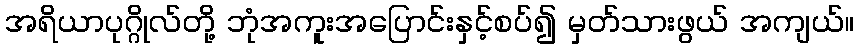
အရိယာပုဂ္ဂိုလ်တို့ ဘုံအကူးအပြောင်းနှင့်စပ်၍ မှတ်သားဖွယ် အကျယ်။